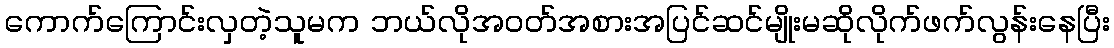
ကောက်ကြောင်းလှတဲ့သူမက ဘယ်လိုအဝတ်အစားအပြင်ဆင်မျိုးမဆိုလိုက်ဖက်လွန်းနေပြီး